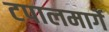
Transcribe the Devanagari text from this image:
टपालमार्गे